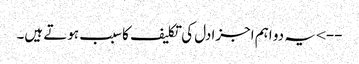
--> یہ دو اہم اجزادل کی تکلیف کاسبب ہوتے ہیں۔